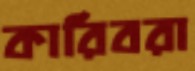
কারিবরা